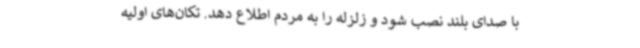
با صدای بلند نصب شود و زلزله را به مردم اطلاع دهد. تکان‌های اولیه